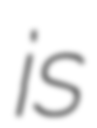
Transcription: is